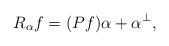
LaTeX: \begin{align*} R_{\alpha} f = (P f) \alpha + \alpha^{\perp}, \end{align*}